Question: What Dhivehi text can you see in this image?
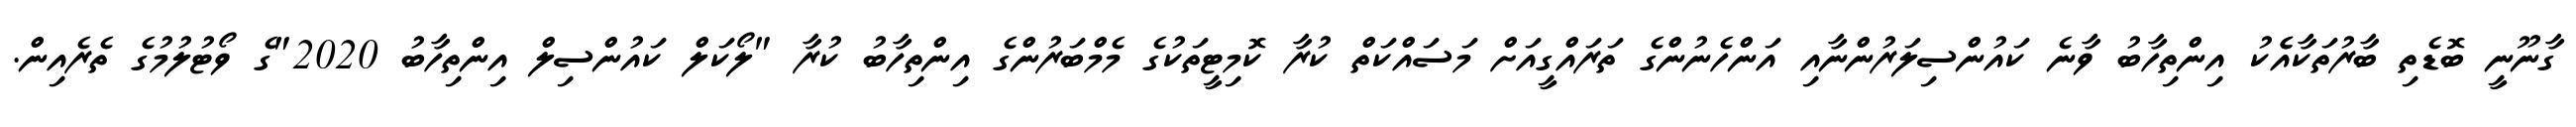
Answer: ގާނޫނީ ބޮޑެތި ބާރުތަކާއެެކު އިންތިހާބު ވާނެ ކައުންސިލަރުންނާއި އަންހެނުންގެ ތަރައްގީއަށް މަސައްކަތް ކުރާ ކޮމިޓީތަކުގެ މެމްބަރުންގެ އިންތިހާބު ކުރާ "ލޯކަލް ކައުންސިލް އިންތިހާބު 2020"ގެ ވޯޓުލުމުގެ ތެރެއިން.